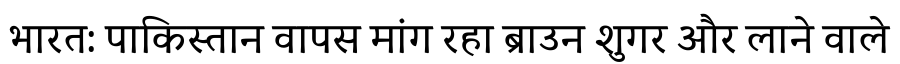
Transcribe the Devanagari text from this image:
भारत: पाकिस्तान वापस मांग रहा ब्राउन शुगर और लाने वाले